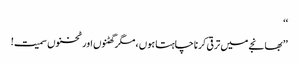
‘‘
’’بھانجے میں ترقی کرنا چاہتا ہوں ، مگر گھٹنوں اور ٹخنوں سمیت!